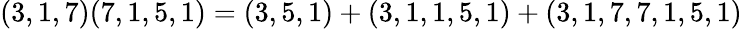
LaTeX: (3,1,7)(7,1,5,1)=(3,5,1)+(3,1,1,5,1)+(3,1,7,7,1,5,1)